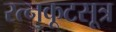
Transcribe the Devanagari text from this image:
रत्नकूटसूत्र